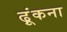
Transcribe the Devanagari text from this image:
ढ़ूंकना